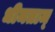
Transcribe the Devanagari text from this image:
धीमताम्